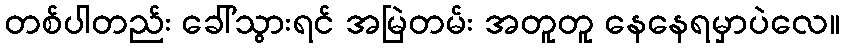
တစ်ပါတည်း ခေါ်သွားရင် အမြဲတမ်း အတူတူ နေနေရမှာပဲလေ။